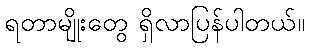
ရတာမျိုးတွေ ရှိလာပြန်ပါတယ်။